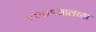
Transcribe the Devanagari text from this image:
२००९सालच्या